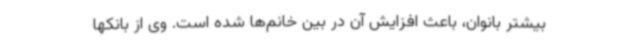
بیشتر بانوان، باعث افزایش آن در بین خانم‌ها شده است. وی از بانکها